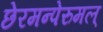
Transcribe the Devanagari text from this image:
छेरमन्पेरुमल्